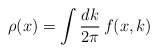
\begin{align*}\rho(x)=\int\frac{dk}{2\pi}\, f(x,k)\end{align*}